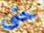
حتى